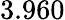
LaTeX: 3.960